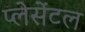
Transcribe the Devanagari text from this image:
प्लेसेंटल